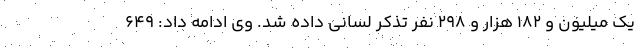
یک میلیون و ۱۸۲ هزار و ۲۹۸ نفر تذکر لسانی داده شد. وی ادامه داد: ۶۴۹